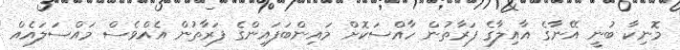
މޮނިކާ ބުނީ އޭނާގެ އާއިލާގެ ފަރާތުން ހާއްސަކޮށް މައިންބަފައިންގެ ފަރާތުން އެއްވެސް މައްސަލައެއް